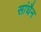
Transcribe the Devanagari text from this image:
सांघैन